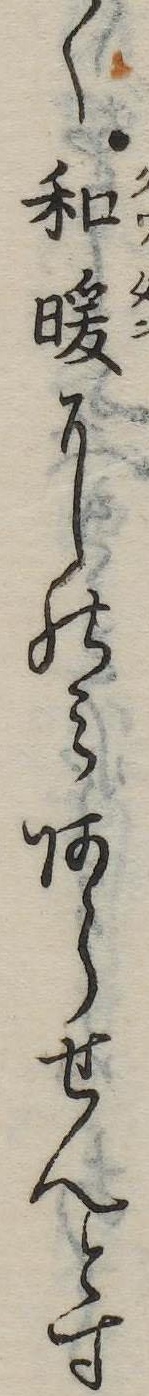
く和暖にのみあらせんとす